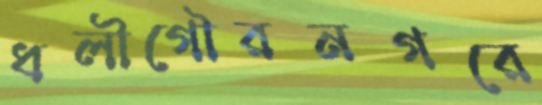
ধলীগৌরনগরে